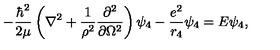
- \frac { \hbar ^ { 2 } } { 2 \mu } \left( \nabla ^ { 2 } + \frac { 1 } { \rho ^ { 2 } } \frac { \partial ^ { 2 } } { \partial \Omega ^ { 2 } } \right) \psi _ { 4 } - \frac { e ^ { 2 } } { r _ { 4 } } \psi _ { 4 } = E \psi _ { 4 } ,